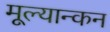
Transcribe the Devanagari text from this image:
मूल्यान्कन